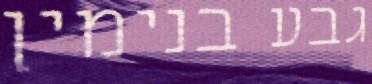
גבע בנימין